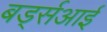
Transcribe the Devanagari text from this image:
बर्ड्सआई